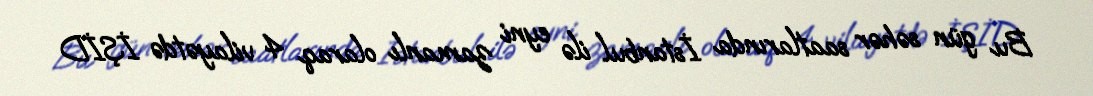
Bu gün səhər saatlarında İstanbul ilə eyni zamanlı olaraq 4 vilayətdə İŞİD